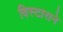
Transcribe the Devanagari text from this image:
विस्टाराने